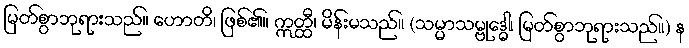
မြတ်စွာဘုရားသည်။ ဟောတိ၊ ဖြစ်၏။ ဣတ္ထီ၊ မိန်းမသည်။ (သမ္မာသမ္ဗုဒ္ဓေါ၊ မြတ်စွာဘုရားသည်။) န